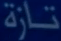
تازة